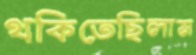
থকিতেছিলাম